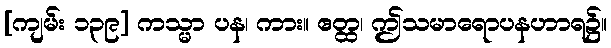
[ကျမ်း ၁၃၉] ကသ္မာ ပန၊ ကား။ ဧတ္ထ၊ ဤသမာရောပနဟာရ၌။